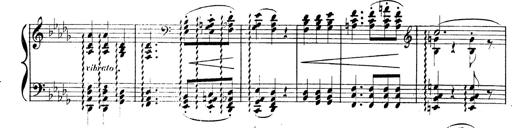
Title: BÃ©nÃ©diction et serment
Composer: Franz Liszt